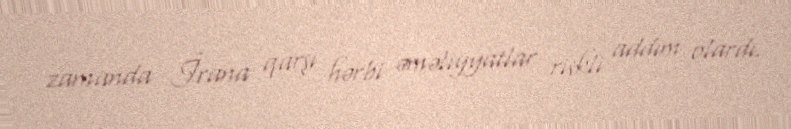
zamanda İrana qarşı hərbi əməliyyatlar riskli addım olardı.